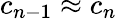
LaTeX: c_{n-1}\approx c_{n}